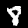
Label: 8